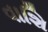
વાશિ